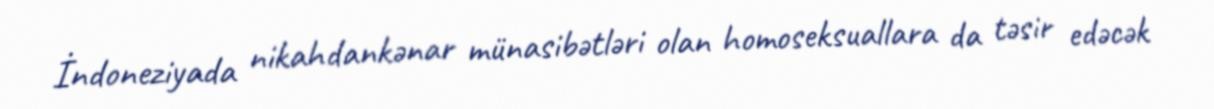
İndoneziyada nikahdankənar münasibətləri olan homoseksuallara da təsir edəcək